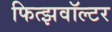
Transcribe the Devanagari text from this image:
फित्झवॉल्टर